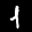
Label: 1